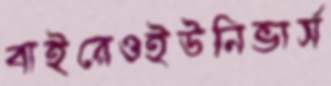
বাইরেওইউনিভার্স